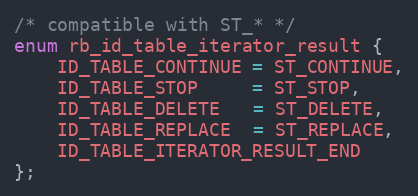
Language: C
/* compatible with ST_* */
enum rb_id_table_iterator_result {
    ID_TABLE_CONTINUE = ST_CONTINUE,
    ID_TABLE_STOP     = ST_STOP,
    ID_TABLE_DELETE   = ST_DELETE,
    ID_TABLE_REPLACE  = ST_REPLACE,
    ID_TABLE_ITERATOR_RESULT_END
};